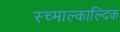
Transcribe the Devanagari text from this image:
स्च्माल्काल्दिक